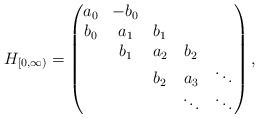
\begin{align*}H_{[0,\infty)}=\begin{pmatrix} a_0 & -b_0 & & \\ b_0 & a_1 & b_1 & \\ & b_1 & a_2 & b_2 \\ & & b_2 & a_3 & \ddots\\ & & & \ddots & \ddots \\\end{pmatrix}, \end{align*}